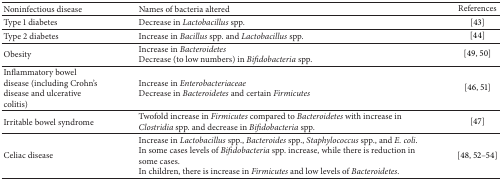
<table><thead><tr><td><b>Noninfectious disease</b></td><td><b>Names of bacteria altered</b></td><td><b>References</b></td></tr></thead><tbody><tr><td>Type 1 diabetes</td><td>Decrease in <i>Lactobacillus</i> spp.</td><td>[43]</td></tr><tr><td>Type 2 diabetes</td><td>Increase in <i>Bacillus</i> spp. and <i>Lactobacillus</i> spp.</td><td>[44]</td></tr><tr><td>Obesity</td><td>Increase in <i>Bacteroidetes</i>Decrease (to low numbers) in <i>Bifidobacteria</i> spp.</td><td>[49, 50]</td></tr><tr><td>Inflammatory bowel disease (including Crohn&#x27;s disease and ulcerative colitis)</td><td>Increase in <i>Enterobacteriaceae</i>Decrease in <i>Bacteroidetes</i> and certain <i>Firmicutes </i></td><td>[46, 51]</td></tr><tr><td>Irritable bowel syndrome</td><td>Twofold increase in <i>Firmicutes</i> compared to <i>Bacteroidetes</i> with increase in <i>Clostridia</i> spp. and decrease in <i>Bifidobacteria</i> spp.</td><td>[47]</td></tr><tr><td>Celiac disease</td><td>Increase in <i>Lactobacillus</i> spp., <i>Bacteroides</i> spp., <i>Staphylococcus</i> spp., and <i>E. coli</i>. In some cases levels of <i>Bifidobacteria</i> spp. increase, while there is reduction in some cases.In children, there is increase in <i>Firmicutes</i> and low levels of <i>Bacteroidetes</i>.</td><td>[48, 52–54]</td></tr></tbody></table>